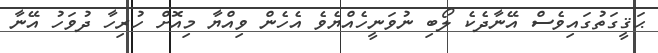
ޙަޤީގަތުގައިވެސް އޭނާދެކެ ލޯބި ނުވަނީހެއްޔެވެ އެހެން ވިއްޔާ މިއޮށް ހުރިހާ ދުވަހު އޭނާ